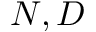
N , D